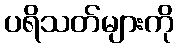
ပရိသတ်များကို